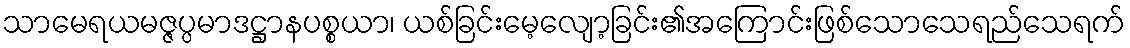
သာမေရယမဇ္ဇပ္ပမာဒဋ္ဌာနပစ္စယာ၊ ယစ်ခြင်းမေ့လျော့ခြင်း၏အကြောင်းဖြစ်သောသေရည်သေရက်